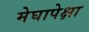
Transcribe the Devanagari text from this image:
मेघापेक्षा